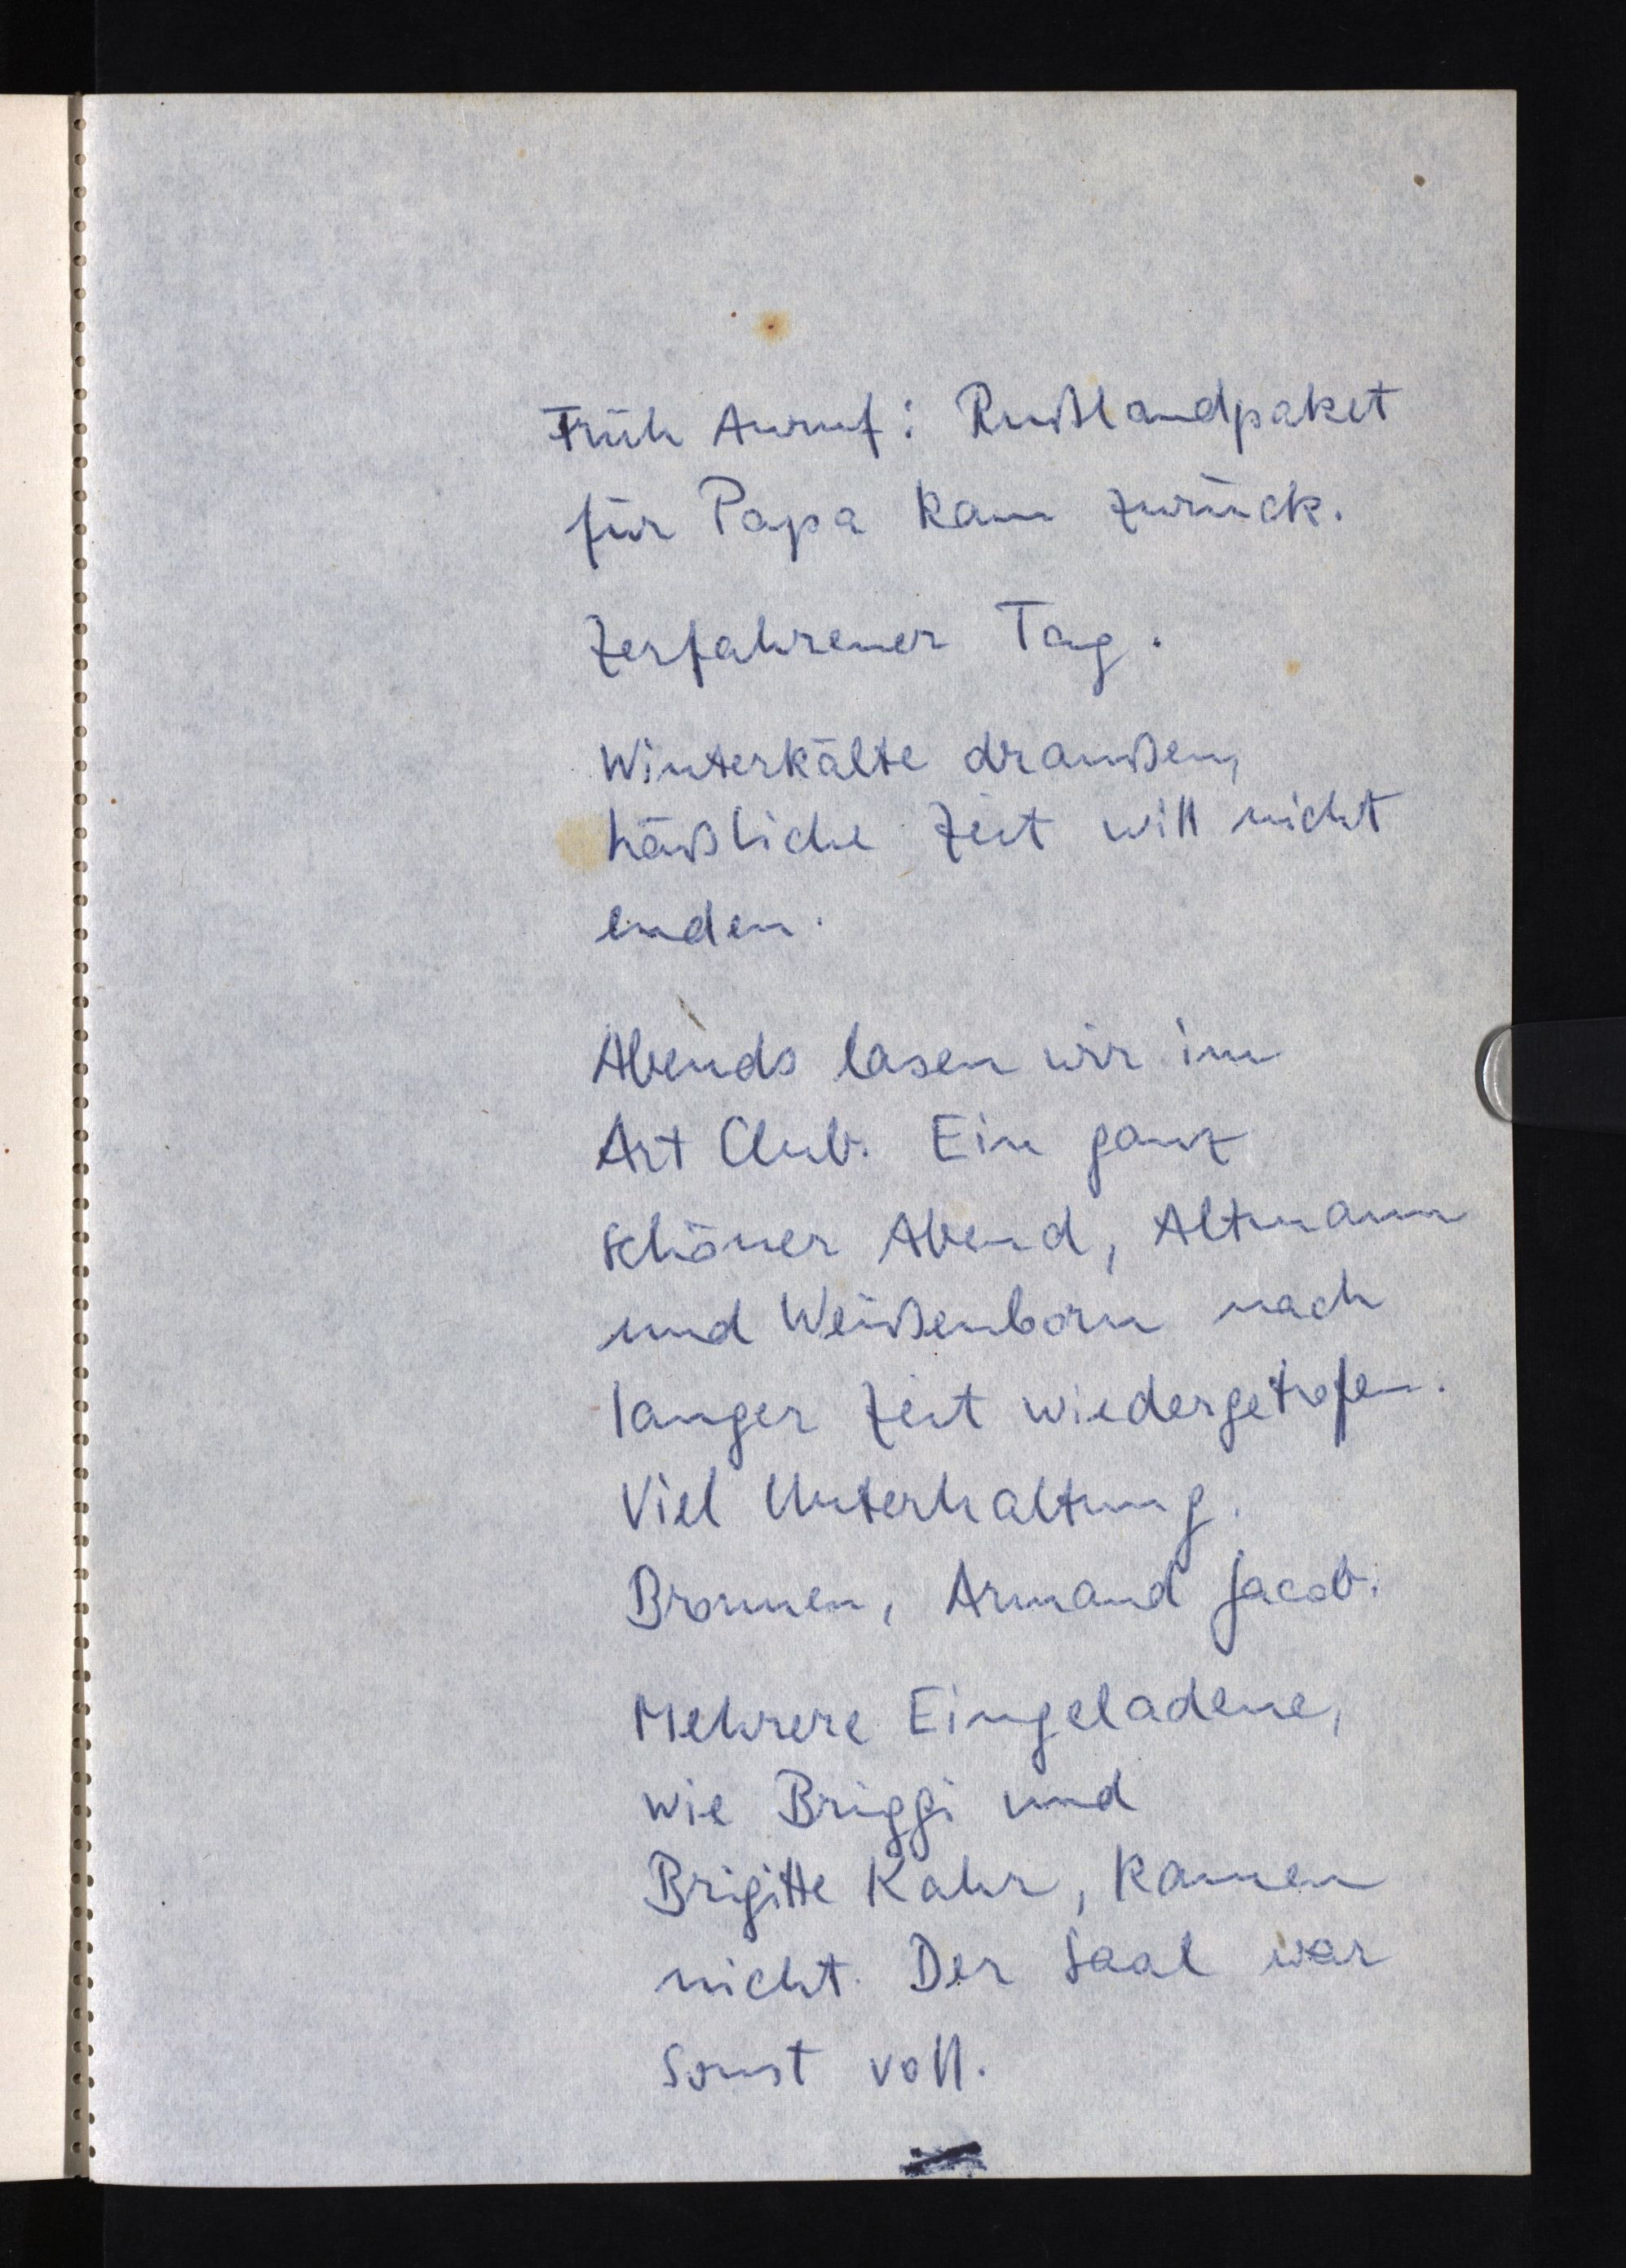
Früh Anruf: Rußlandpaket
für Papa kam zurück.
Zerfahrener Tag.
Winterkälte draußen,
häßliche Zeit will nicht
enden.
Abends lasen wir im
Art Club. Ein ganz
schöner Abend, Altmann
und Weißenborn nach
langer Zeit wiedergetroffen.
Viel Unterhaltung.
Bronnen, Armand Jacob.
Mehrere Eingeladene,
wie Briggi und
Brigitte Kahr, kamen
nicht. Der Saal war
sonst voll.